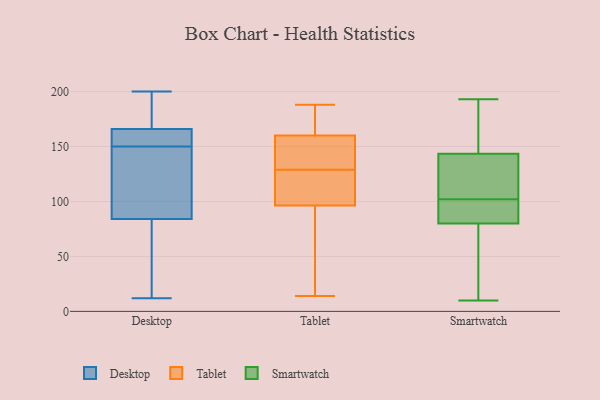
{"axis": {"x": "Market Share (%)", "y": "Value"}, "legend": ["Desktop", "Smartwatch", "Tablet"], "data": [{"x": "", "y": 200, "type": "Desktop"}, {"x": "", "y": 12, "type": "Desktop"}, {"x": "", "y": 47, "type": "Desktop"}, {"x": "", "y": 178, "type": "Desktop"}, {"x": "", "y": 200, "type": "Desktop"}, {"x": "", "y": 158, "type": "Desktop"}, {"x": "", "y": 150, "type": "Desktop"}, {"x": "", "y": 78, "type": "Desktop"}, {"x": "", "y": 146, "type": "Desktop"}, {"x": "", "y": 168, "type": "Desktop"}, {"x": "", "y": 113, "type": "Desktop"}, {"x": "", "y": 63, "type": "Desktop"}, {"x": "", "y": 102, "type": "Desktop"}, {"x": "", "y": 160, "type": "Desktop"}, {"x": "", "y": 153, "type": "Desktop"}, {"x": "", "y": 15, "type": "Tablet"}, {"x": "", "y": 142, "type": "Tablet"}, {"x": "", "y": 94, "type": "Tablet"}, {"x": "", "y": 18, "type": "Tablet"}, {"x": "", "y": 14, "type": "Tablet"}, {"x": "", "y": 161, "type": "Tablet"}, {"x": "", "y": 129, "type": "Tablet"}, {"x": "", "y": 163, "type": "Tablet"}, {"x": "", "y": 129, "type": "Tablet"}, {"x": "", "y": 116, "type": "Tablet"}, {"x": "", "y": 180, "type": "Tablet"}, {"x": "", "y": 188, "type": "Tablet"}, {"x": "", "y": 108, "type": "Tablet"}, {"x": "", "y": 160, "type": "Tablet"}, {"x": "", "y": 145, "type": "Tablet"}, {"x": "", "y": 103, "type": "Tablet"}, {"x": "", "y": 87, "type": "Tablet"}, {"x": "", "y": 139, "type": "Tablet"}, {"x": "", "y": 160, "type": "Tablet"}, {"x": "", "y": 62, "type": "Smartwatch"}, {"x": "", "y": 71, "type": "Smartwatch"}, {"x": "", "y": 99, "type": "Smartwatch"}, {"x": "", "y": 103, "type": "Smartwatch"}, {"x": "", "y": 10, "type": "Smartwatch"}, {"x": "", "y": 158, "type": "Smartwatch"}, {"x": "", "y": 79, "type": "Smartwatch"}, {"x": "", "y": 148, "type": "Smartwatch"}, {"x": "", "y": 146, "type": "Smartwatch"}, {"x": "", "y": 126, "type": "Smartwatch"}, {"x": "", "y": 90, "type": "Smartwatch"}, {"x": "", "y": 193, "type": "Smartwatch"}, {"x": "", "y": 140, "type": "Smartwatch"}, {"x": "", "y": 87, "type": "Smartwatch"}, {"x": "", "y": 101, "type": "Smartwatch"}, {"x": "", "y": 103, "type": "Smartwatch"}, {"x": "", "y": 29, "type": "Smartwatch"}, {"x": "", "y": 184, "type": "Smartwatch"}, {"x": "", "y": 141, "type": "Smartwatch"}, {"x": "", "y": 81, "type": "Smartwatch"}]}